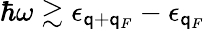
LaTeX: \hbar\omega\gtrsim\epsilon_{\mathsf{q}+\mathsf{q}_{F}}-\epsilon_{\mathsf{q}_{F}}